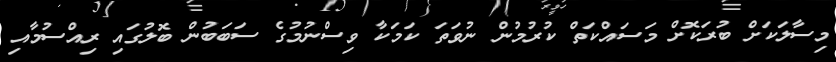
މިސާލަކަށް ބުރަކޮށް މަސައްކަތް ކުރުމުން ނުވަތަ ކަމަކާ ވިސްނުމުގެ ސަބަބުން ބޮލުގައި ރިއްސުމާއި